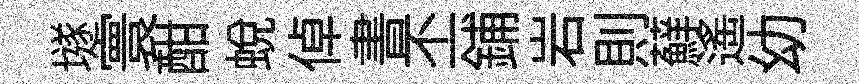
𡑞寰酣蛻倬書丕鋪岩則蘚遙幼